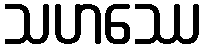
သဟဿေ